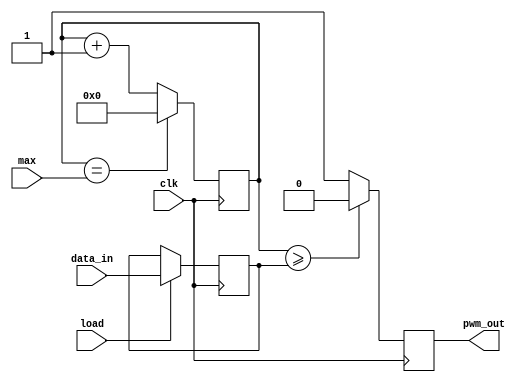
//------------------------------
// Module name: pwm
// Function: 	converter data_in to a 10-bit PWM signal
//						... range of data_in - 0 to max
// Creator:  Peter Cheung
// Version:  1.0
//------------------------------
module pwm (clk, data_in, load, pwm_out, max);

	input				clk;			// system clock
	input [9:0] 	data_in;		// input data for conversion (limited to 10-bit)
	input 			load;			// high pulse to load new data
	input [9:0]		max;			// maximum value of data_in
	output			pwm_out;		// PWM output

	reg [9:0]		d;				// internal register
	reg [9:0]		count;		// internal 10-bit counter
	reg				pwm_out;
	
	// load input data into a register
	always @ (posedge clk)
		if (load == 1'b1) d <= data_in;
	
	initial count = 10'b0;	
	
	//ramp generator
	always @ (posedge clk) begin
		if (count == max)  count <= 10'b0;
		else
			count <= count + 1'b1;
		// digital comparator
		if (count >= d)
			pwm_out <= 1'b0;
		else	
			pwm_out <= 1'b1;
		end

endmodule